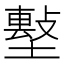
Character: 𡑼